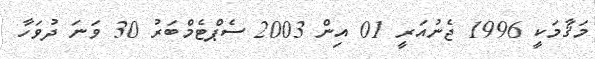
މަޤާމަކީ 1996 ޖެނުއަރީ 01 އިން 2003 ސެޕްޓެމްބަރު 30 ވަނަ ދުވަހާ